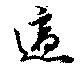
適